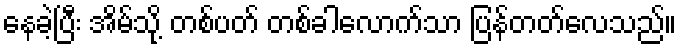
နေခဲ့ပြီး အိမ်သို့ တစ်ပတ် တစ်ခါလောက်သာ ပြန်တတ်လေသည်။